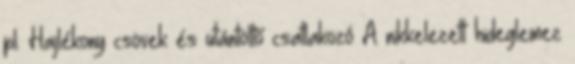
pl. Hajlékony csövek és utántöltő csatlakozó A nikkelezett hideglemez